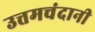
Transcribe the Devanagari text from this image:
उत्तमचंदानी